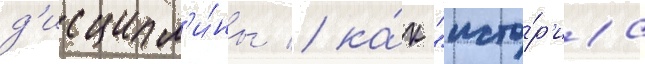
д'исципл'и́ны / ка́к "исто́р'иа